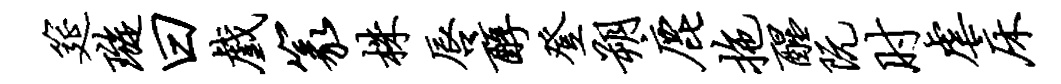
筵璇曰戏篆株唇醇登朔鹿拖醒阮肘虐床